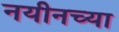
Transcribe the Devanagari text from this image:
नयीनच्या